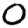
Digit: 0